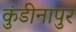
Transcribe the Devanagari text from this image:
कुंडीनापुर